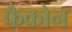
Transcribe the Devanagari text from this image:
फैकोन